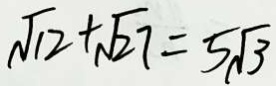
\sqrt { 1 2 } + \sqrt { 2 7 } = 5 \sqrt { 3 }